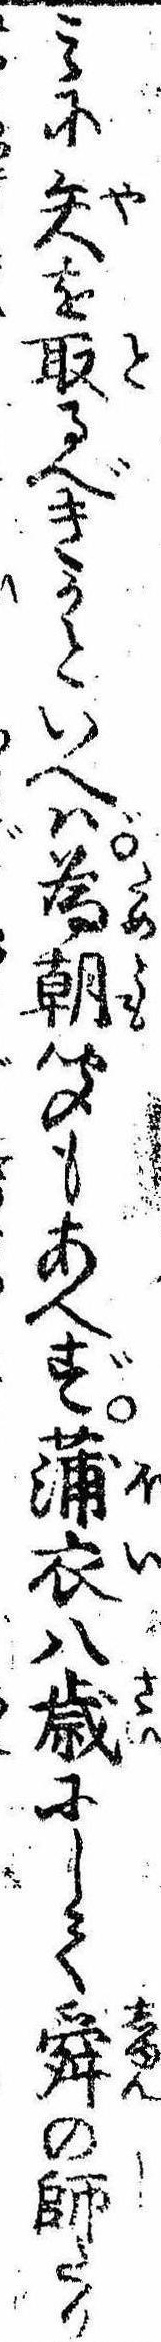
みに矢を取るべきかといへば為朝聞もあへず蒲衣八歳にして舜の師たり